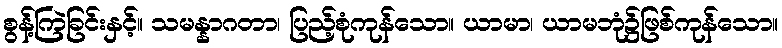
စွန့်ကြဲခြင်းနှင့်။ သမန္နာဂတာ၊ ပြည့်စုံကုန်သော။ ယာမာ၊ ယာမဘုံ၌ဖြစ်ကုန်သော။